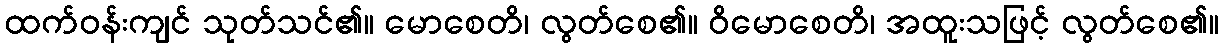
ထက်ဝန်းကျင် သုတ်သင်၏။ မောစေတိ၊ လွတ်စေ၏။ ဝိမောစေတိ၊ အထူးသဖြင့် လွတ်စေ၏။